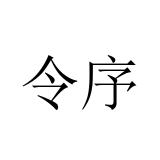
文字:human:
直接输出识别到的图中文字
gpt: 令序